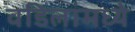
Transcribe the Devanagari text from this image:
वडिलांमध्ये